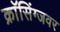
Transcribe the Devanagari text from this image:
क्राॅसिंग्जवर